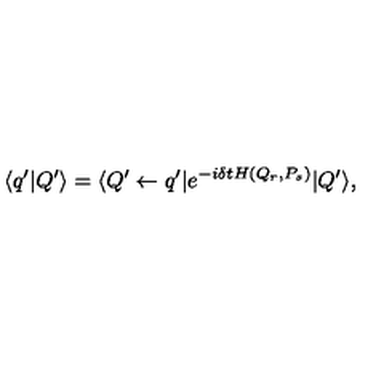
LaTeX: \langle q ^ { \prime } | Q ^ { \prime } \rangle = \langle Q ^ { \prime } \leftarrow q ^ { \prime } | e ^ { - i \delta t H ( Q _ { r } , P _ { s } ) } | Q ^ { \prime } \rangle ,